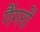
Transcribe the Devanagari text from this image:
गैंगरों